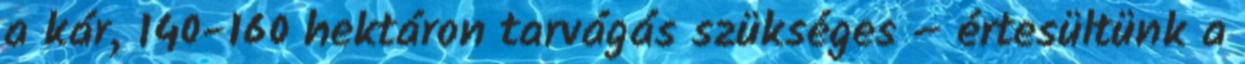
a kár, 140-160 hektáron tarvágás szükséges – értesültünk a